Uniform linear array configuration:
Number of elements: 8
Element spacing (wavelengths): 0.75
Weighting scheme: hann
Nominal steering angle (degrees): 30
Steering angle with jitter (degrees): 31.046
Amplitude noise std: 0.05
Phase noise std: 0.05

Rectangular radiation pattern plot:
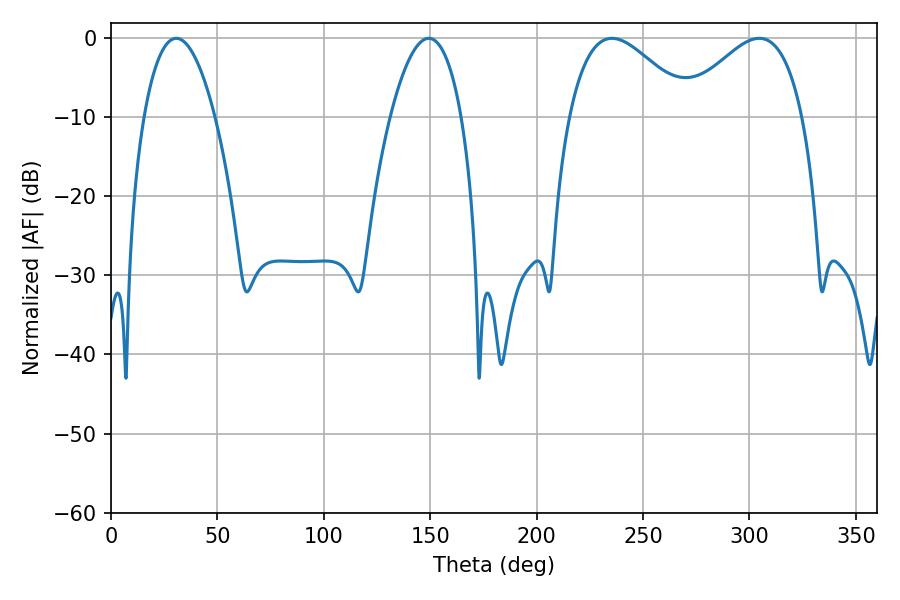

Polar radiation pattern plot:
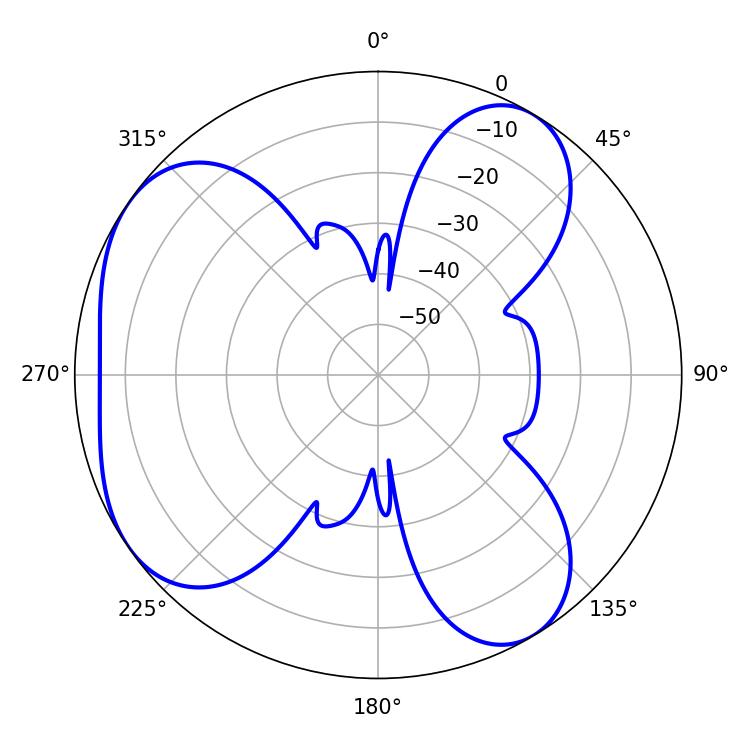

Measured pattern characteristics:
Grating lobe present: TRUE
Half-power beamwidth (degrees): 30.96
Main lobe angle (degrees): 235.44